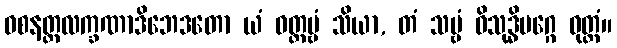
ဝစနတ္ထလက္ခဏာဒိဘေဒတော ယံ ဝတ္တဗ္ဗံ သိယာ, တံ သဗ္ဗံ ဝိသုဒ္ဓိမဂ္ဂေ ဝုတ္တံ။